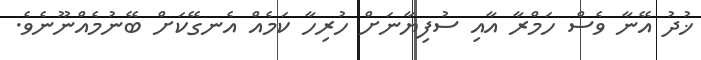
ޚުދު އޭނާ ވެސް ހަމްރާ އާއި ސުފިޔާނަށް ހުރިހާ ކަމެއް އެނގޭކަށް ބޭނުމެއްނޫނެވެ.